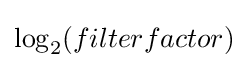
\log _{2}(filterfactor)